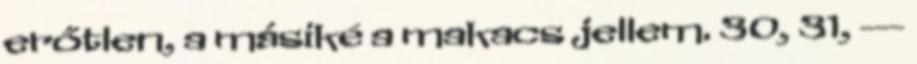
erőtlen, a másiké a makacs jellem. 30, 31, ---